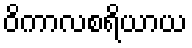
ဝိကာလစရိယာယ